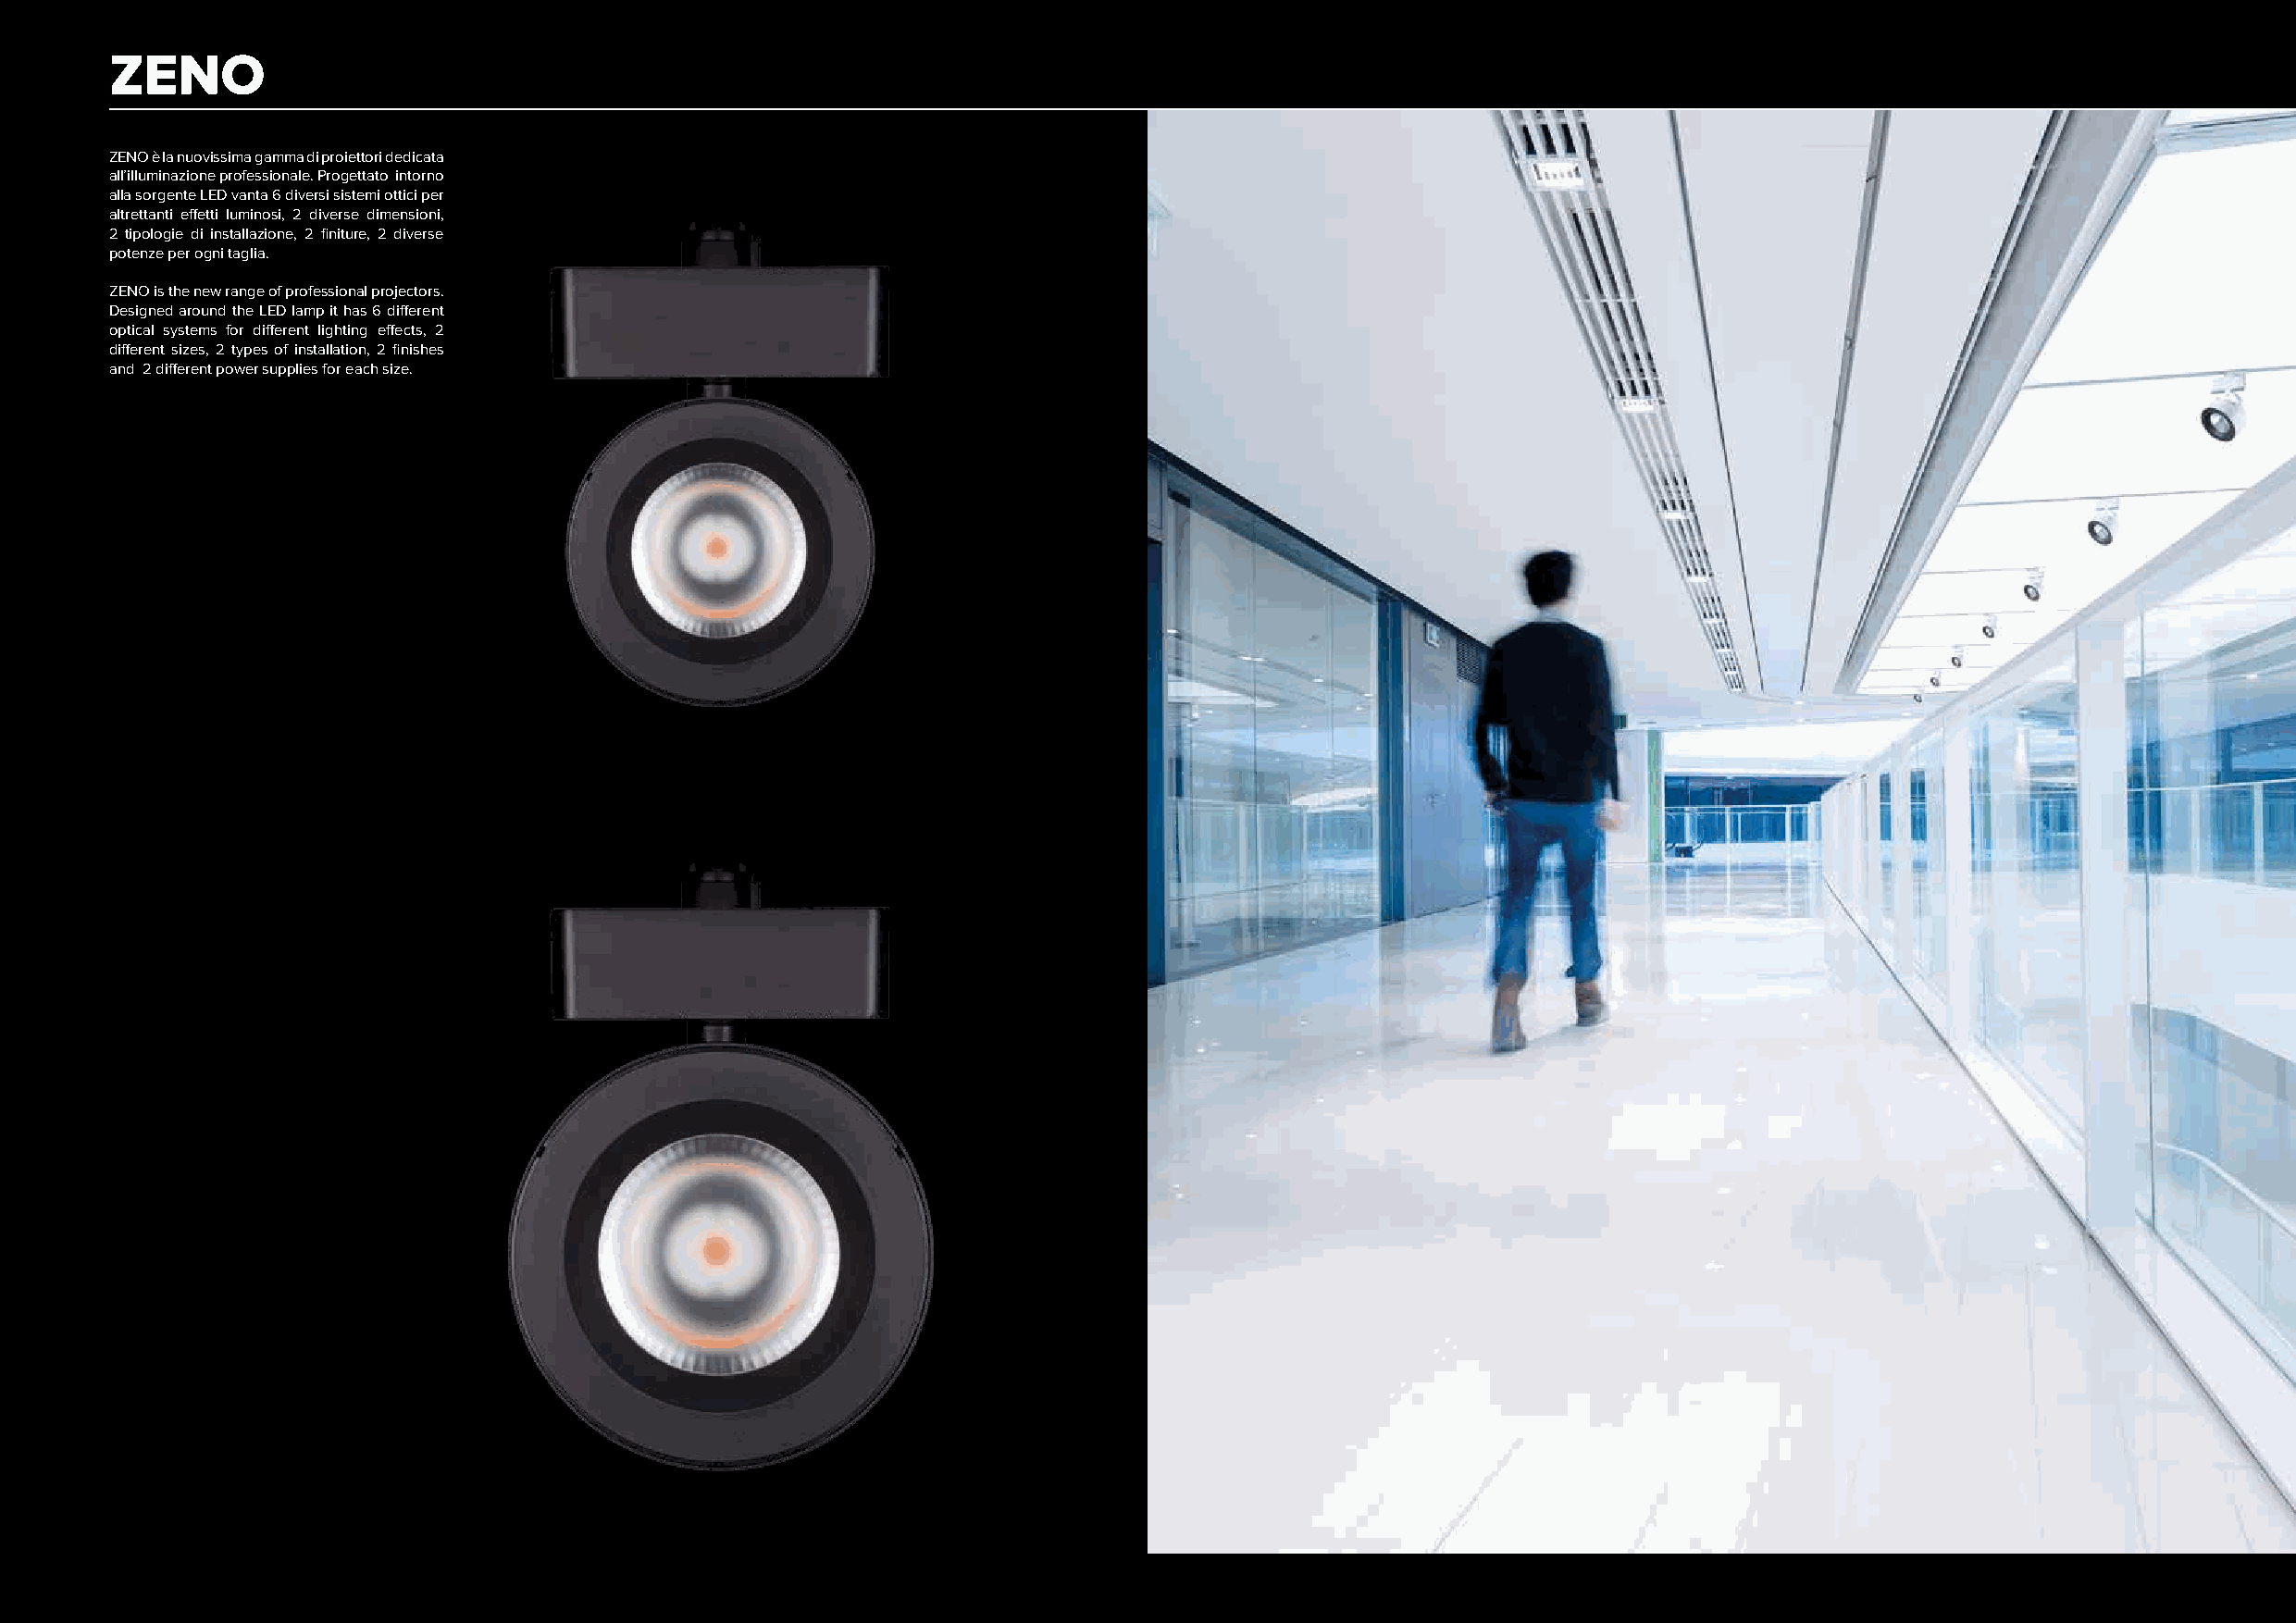
ZENO
 ZENO è la nuovissima gamma di proiettori dedicata
 all’illuminazione professionale. Progettato intorno
 alla sorgente LED vanta 6 diversi sistemi ottici per
 altrettanti effetti luminosi, 2 diverse dimensioni,
 2 tipologie di installazione, 2 finiture, 2 diverse
 potenze per ogni taglia.
 ZENO is the new range of professional projectors.
 Designed around the LED lamp it has 6 different
 optical systems for different lighting effects, 2
 different sizes, 2 types of installation, 2 finishes
 and 2 different power supplies for each size.
 144                                                                                                                                                145